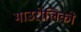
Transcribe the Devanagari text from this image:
माउरोलिको